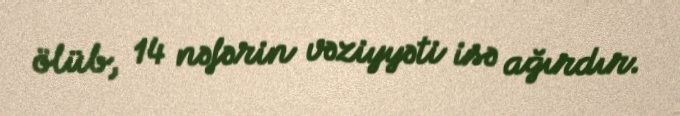
ölüb, 14 nəfərin vəziyyəti isə ağırdır.